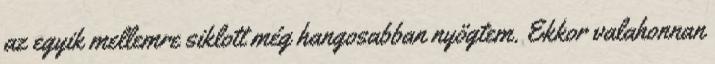
az egyik mellemre siklott még hangosabban nyögtem. Ekkor valahonnan